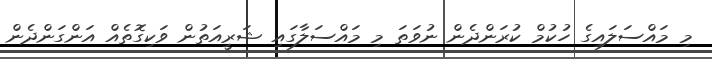
މި މައްސަލައިގެ ހުކުމް ކުރަންދެން ނުވަތަ މި މައްސަލާގައި ޝަރީއަތުން ވަކިގޮތެއް އަންގަންދެން